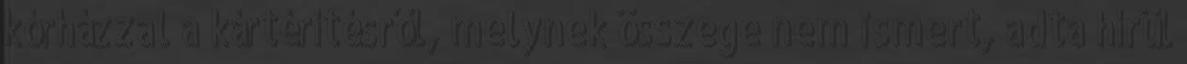
kórházzal a kártérítésről, melynek összege nem ismert, adta hírül